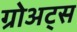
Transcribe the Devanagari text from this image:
ग्रोअट्स